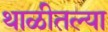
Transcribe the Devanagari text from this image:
थाळीतल्या